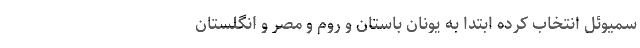
سَمیوئِل انتخاب کرده ابتدا به یونان باستان و روم و مصر و انگلستان